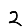
Digit: 2